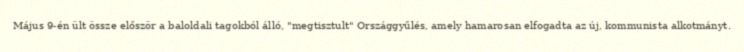
Május 9-én ült össze először a baloldali tagokból álló, "megtisztult" Országgyűlés, amely hamarosan elfogadta az új, kommunista alkotmányt.